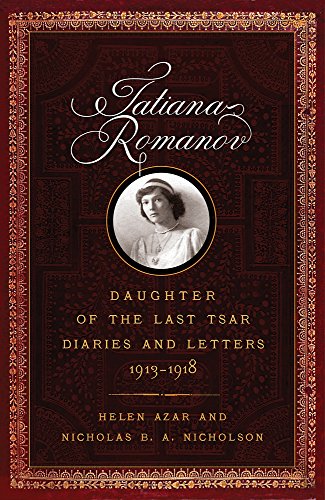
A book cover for Tatiana Romanov, Daughter of the Last Tsar: Diaries and Letters, 1913EE1918; Helen Azar; Biographies & Memoirs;